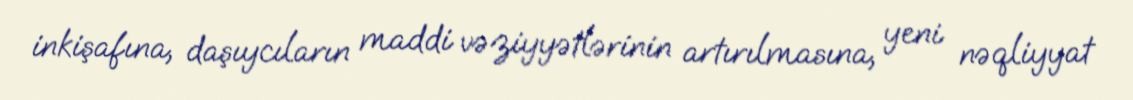
inkişafına, daşıycıların maddi vəziyyətlərinin artırılmasına, yeni nəqliyyat